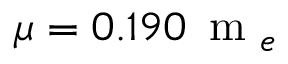
\mu = 0 . 1 9 0 \, \mathrm { ~ m ~ } _ { e }